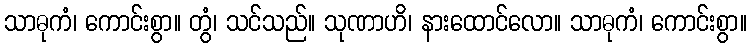
သာဓုကံ၊ ကောင်းစွာ။ တွံ၊ သင်သည်။ သုဏာဟိ၊ နားထောင်လော။ သာဓုကံ၊ ကောင်းစွာ။